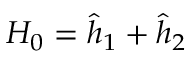
H _ { 0 } = { \hat { h } } _ { 1 } + { \hat { h } } _ { 2 }